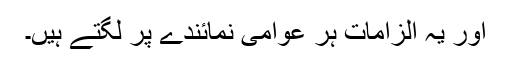
اور یہ الزامات ہر عوامی نمائندے پر لگتے ہیں۔